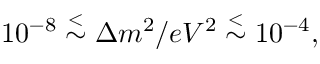
1 0 ^ { - 8 } \stackrel { < } { \sim } \Delta m ^ { 2 } / e V ^ { 2 } \stackrel { < } { \sim } 1 0 ^ { - 4 } ,